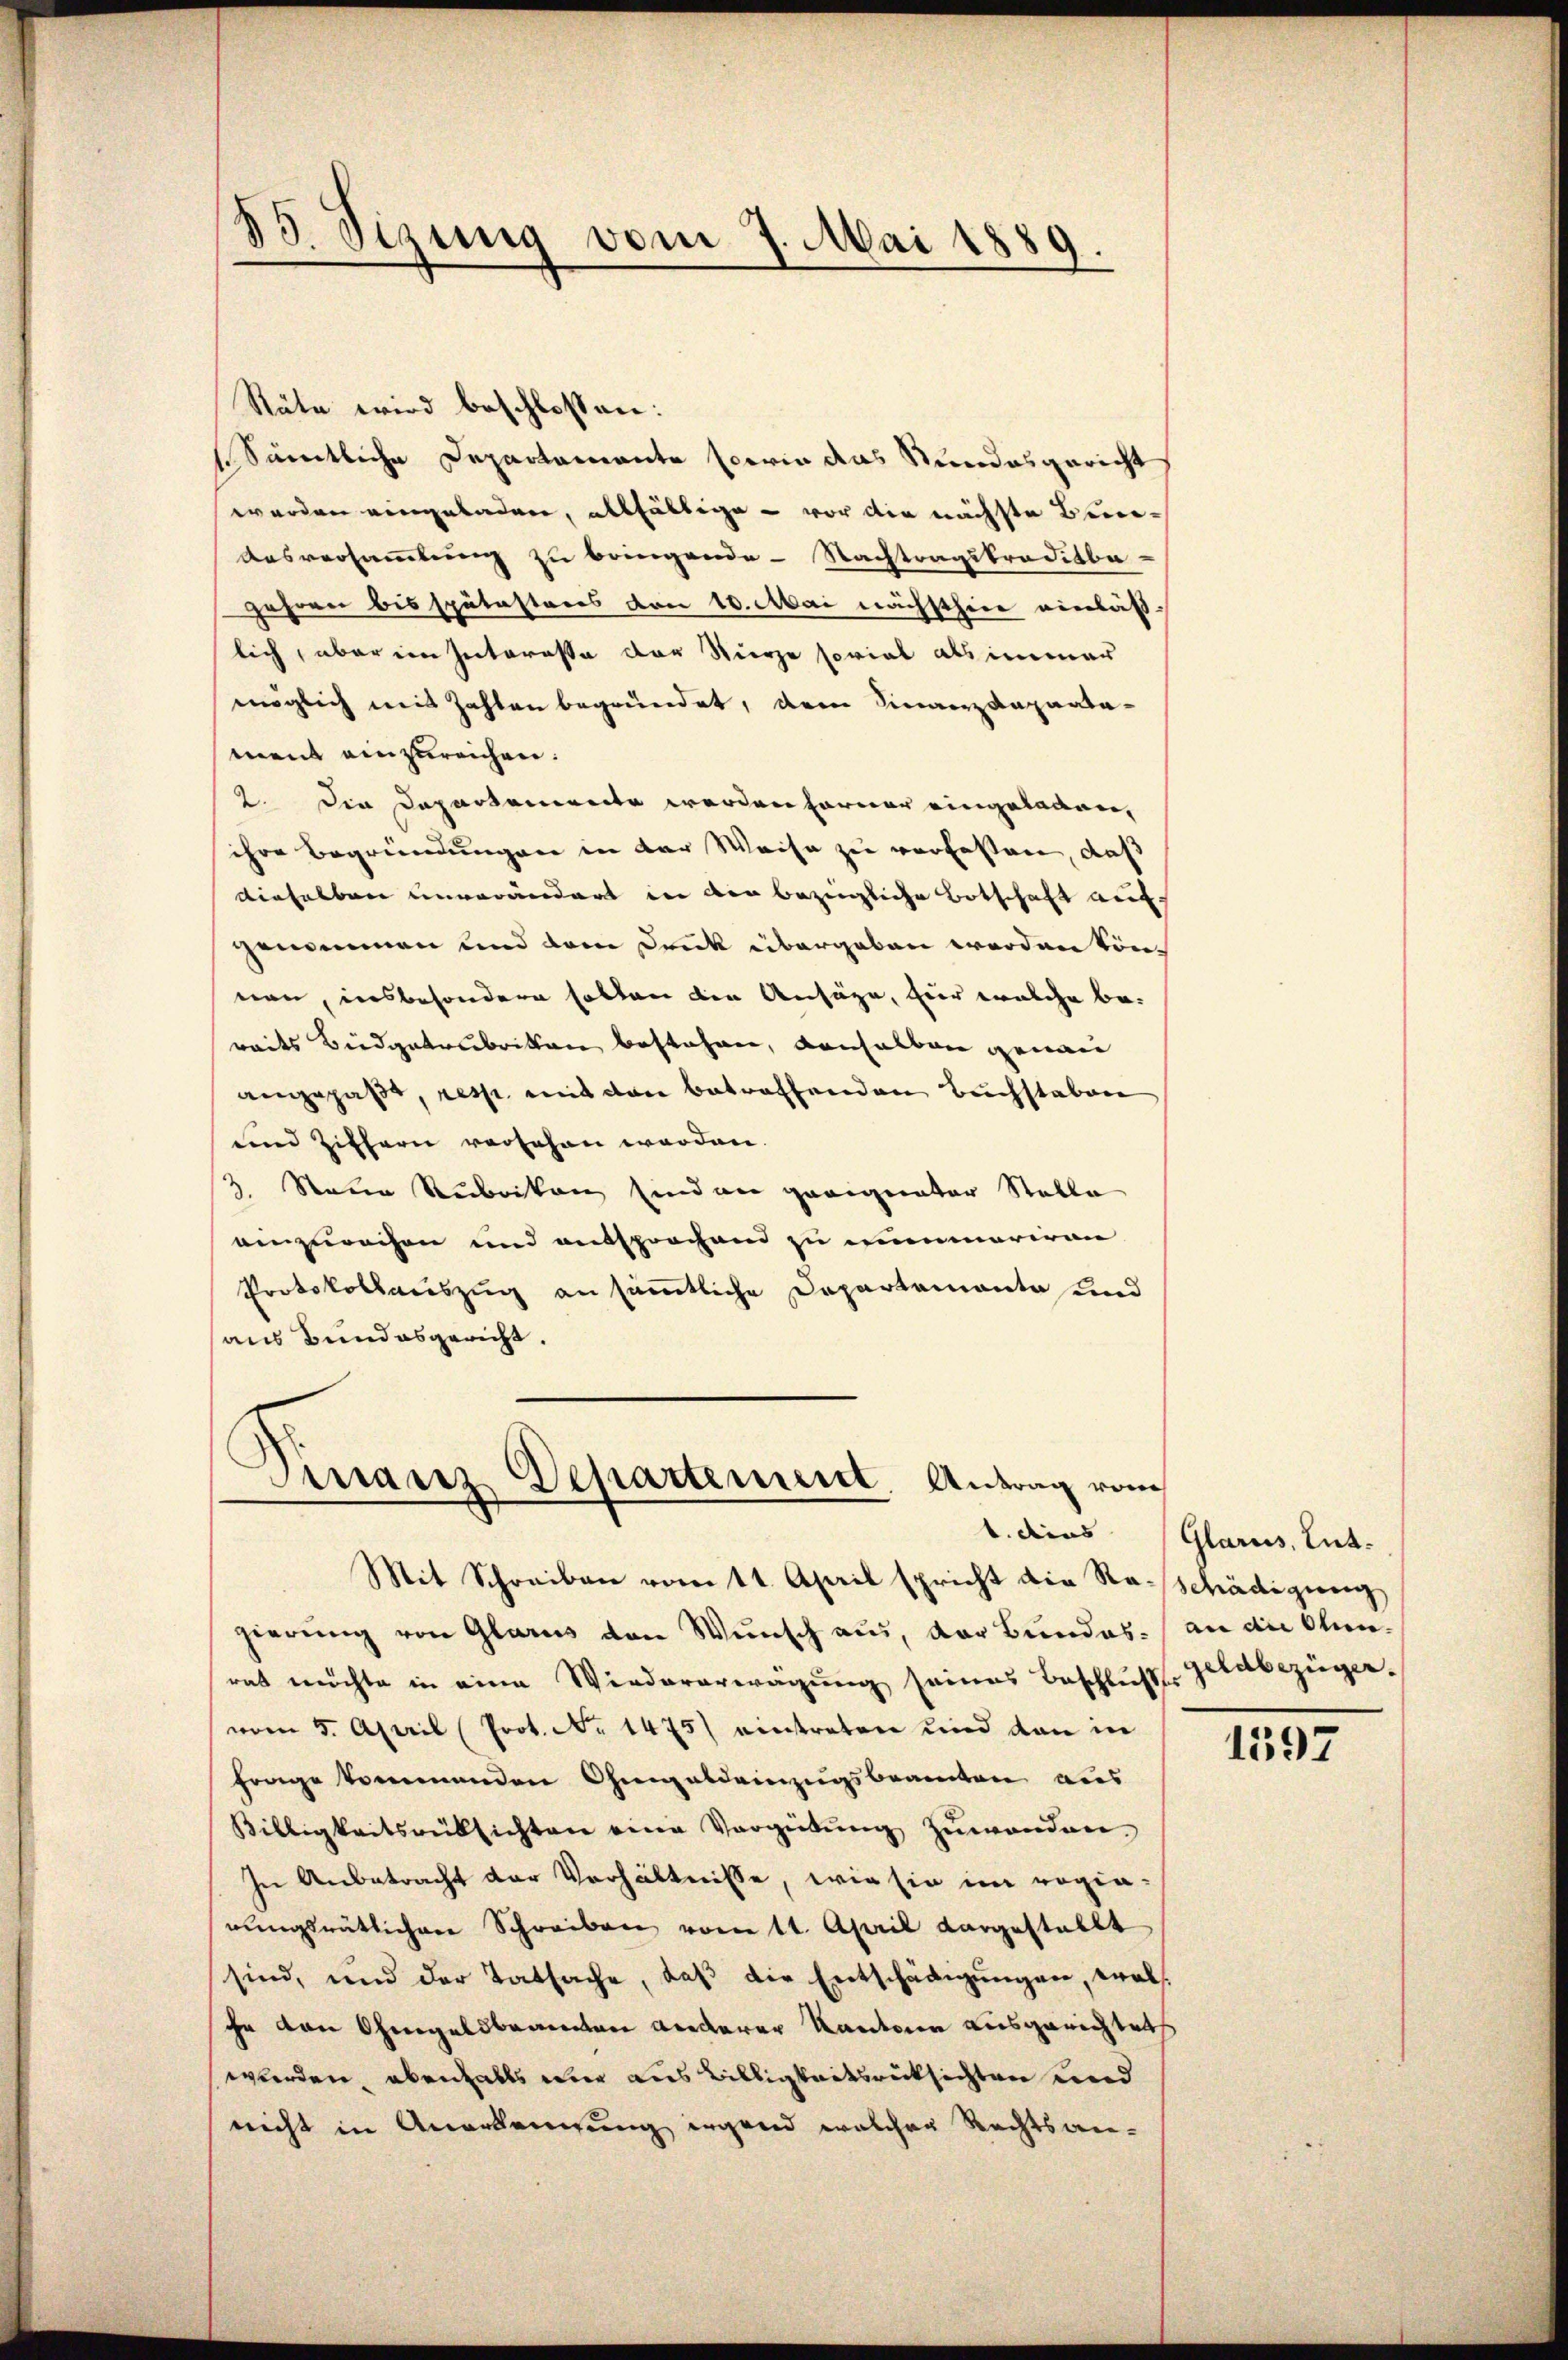
d
53. Sizung vom 7. Mai 1889.

Stäte wird beschlossen:
Sämtliche Departemente sowie das Stundesgericht
werden eingeladen, allfältige - vor die nächste Bun¬
Ausversammlung zu bringende - Nachtragskreditbe-
jahren bis spätesteres von 10. Mai nächsthier einläß-
lich, aber ein Interesse der Stiere soviel als immer
möglich mit Zahlen begründet, dem Finanzdepartament einzureichen.
2. Die Departemente werden farner eingeladen,
ihre Begründungen in der Weise zu verfassen, daß
dieselben unverändert in den bezügliche Botschaft auf
genommen und dem Dank übergeben werden können, insbesondere holten den Ansäge, hier welche be-
reits Beidgatrubriken bestehen, denselben genau
angepaßt, resp. mit den betreffenden Buchstaben
und Ziffern versehen worden.
3. Neue Rubriken sind an geeigneter Stalle
einzureihen und entsprochend zu mummariren
Protokollariszug an sämmtliche Departemonta und
aus Bundesgericht.

Sinanz Departement, Antrag vom

Mit Schreiben vom 11. April spricht die Ratschädigung
gierung von Glarus von Wunsch aus, der Bundes. an die Obenrat möchte in eine Wiedererwägung seines Beschluß Geldbezügervom 5. April (Prot. No 1475) eintreten und dan in
frage kommenden Ohmgelderzugsbeamten aus
Billigkeitsrüksichten eine Vergütŭng zuwanden.
In Anbetracht der Verhältnisse, wie sie im regia-
rungsrätlichen Schreiben vom 11. April vorgestallt
sind, und der Tatsache, daβ die Entschädigŭngen, walihe von Ohmgeldbeamten anderer Kanton ausgerichtet
wurden, ebenfalls wir aus Billigkeitsrücksichten und
nicht in Anerkengung irgend welchen Rechtsan¬

b. dies Glarus, Ent-

1597